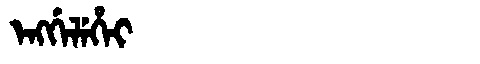
Manchu: ᡝᠩᡤᡝᠯᡝᡥᡝᡳ
Romanization: ENGGELEHEI